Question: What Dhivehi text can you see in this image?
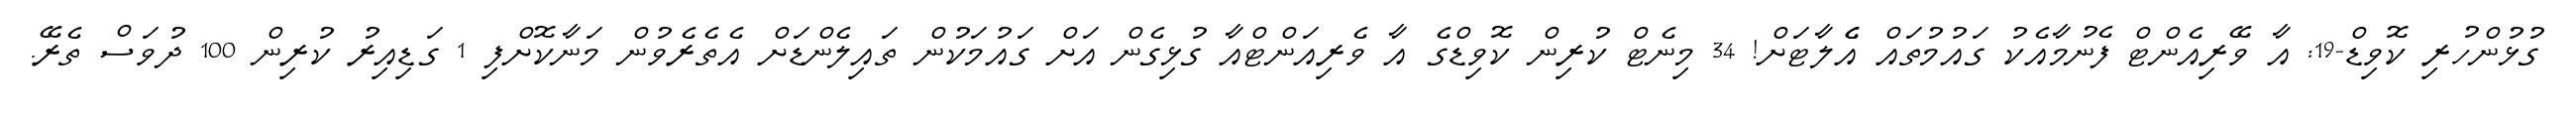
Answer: ގުޅުންހުރި ކޮވިޑް-19: އާ ވޭރިއެންޓް ފެނުމާއެކު ގައުމުތައް އެެލާޓަށް! 34 މިނެޓް ކުރިން ކޮވިޑްގެ އާ ވެރިއަންޓްއާ ގުޅިގެން އަށް ގައުމަކުން ތައިލެންޑަށް އެތެރެވުން މަނާކޮށްފި 1 ގަޑިއިރު ކުރިން 100 ދުވަސް ތެރޭ.